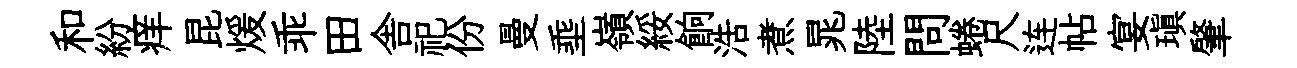
和紛痒昆煖乖田舎祀份曼埀嶺綏餉浩煮晁陸問蜷尺连帖宴瑱肇